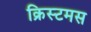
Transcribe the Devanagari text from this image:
क्रिस्टमस